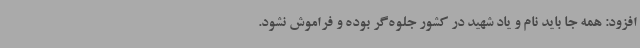
افزود: همه جا باید نام و یاد شهید در کشور جلوه‌گر بوده و فراموش نشود.